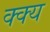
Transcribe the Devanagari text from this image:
क्क्य